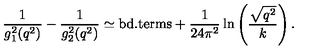
{ \frac { 1 } { g _ { 1 } ^ { 2 } ( q ^ { 2 } ) } } - { \frac { 1 } { g _ { 2 } ^ { 2 } ( q ^ { 2 } ) } } \simeq \mathrm { b d . t e r m s } + { \frac { 1 } { 2 4 \pi ^ { 2 } } } \ln \left( { \frac { \sqrt { q ^ { 2 } } } { k } } \right) .